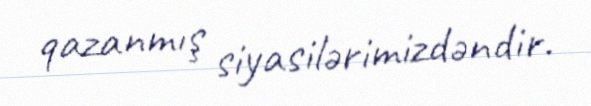
qazanmış siyasilərimizdəndir.